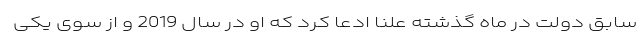
سابق دولت در ماه گذشته علنا ادعا کرد که او در سال 2019 و از سوی یکی